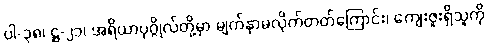
ပါ-၃၈၊ ဋ္ဌ-၂၁၊ အရိယာပုဂ္ဂိုလ်တို့မှာ မျက်နှာမလိုက်တတ်ကြောင်း၊ ကျေးဇူးရှိသူကို